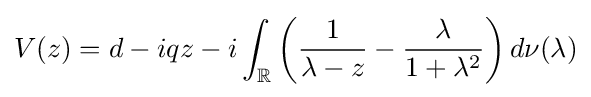
V(z)=d-iqz-i\int _{\mathbb {R} }\left({\frac {1}{\lambda -z}}-{\frac {\lambda }{1+\lambda ^{2}}}\right)d\nu (\lambda )